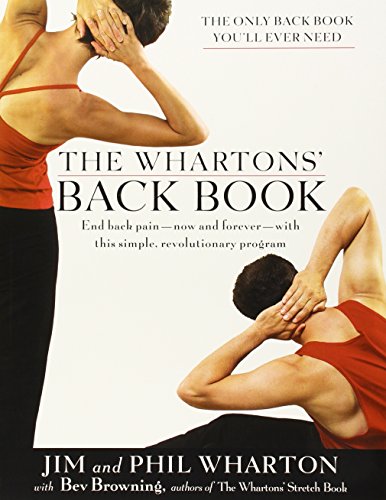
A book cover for The Wharton's Back Book: End Back Pain--Now and Forever--With This Simple, Revolutionary Program; Jim Wharton; Health, Fitness & Dieting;